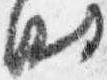
時